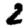
Digit: 2